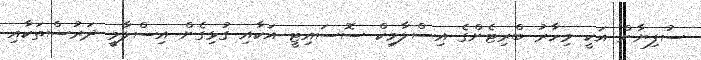
ސުފިޔާން އަކީ މިހާރު ބްރިޓެންގެ އިސްލާމިކް ސޮސައިޓީ އަކާއި ގުޅިގެން އިސްލާމީ ދަރުސްތަކާއި